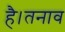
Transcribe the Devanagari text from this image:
है।तनाव